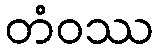
တံဝဿ